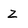
Character: z